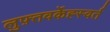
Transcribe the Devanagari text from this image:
लुफ़्तवर्केह्स्वर्त